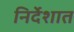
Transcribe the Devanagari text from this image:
निर्देशात